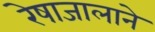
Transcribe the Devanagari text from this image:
रेषाजालाने